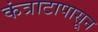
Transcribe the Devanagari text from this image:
कंत्राटापासून